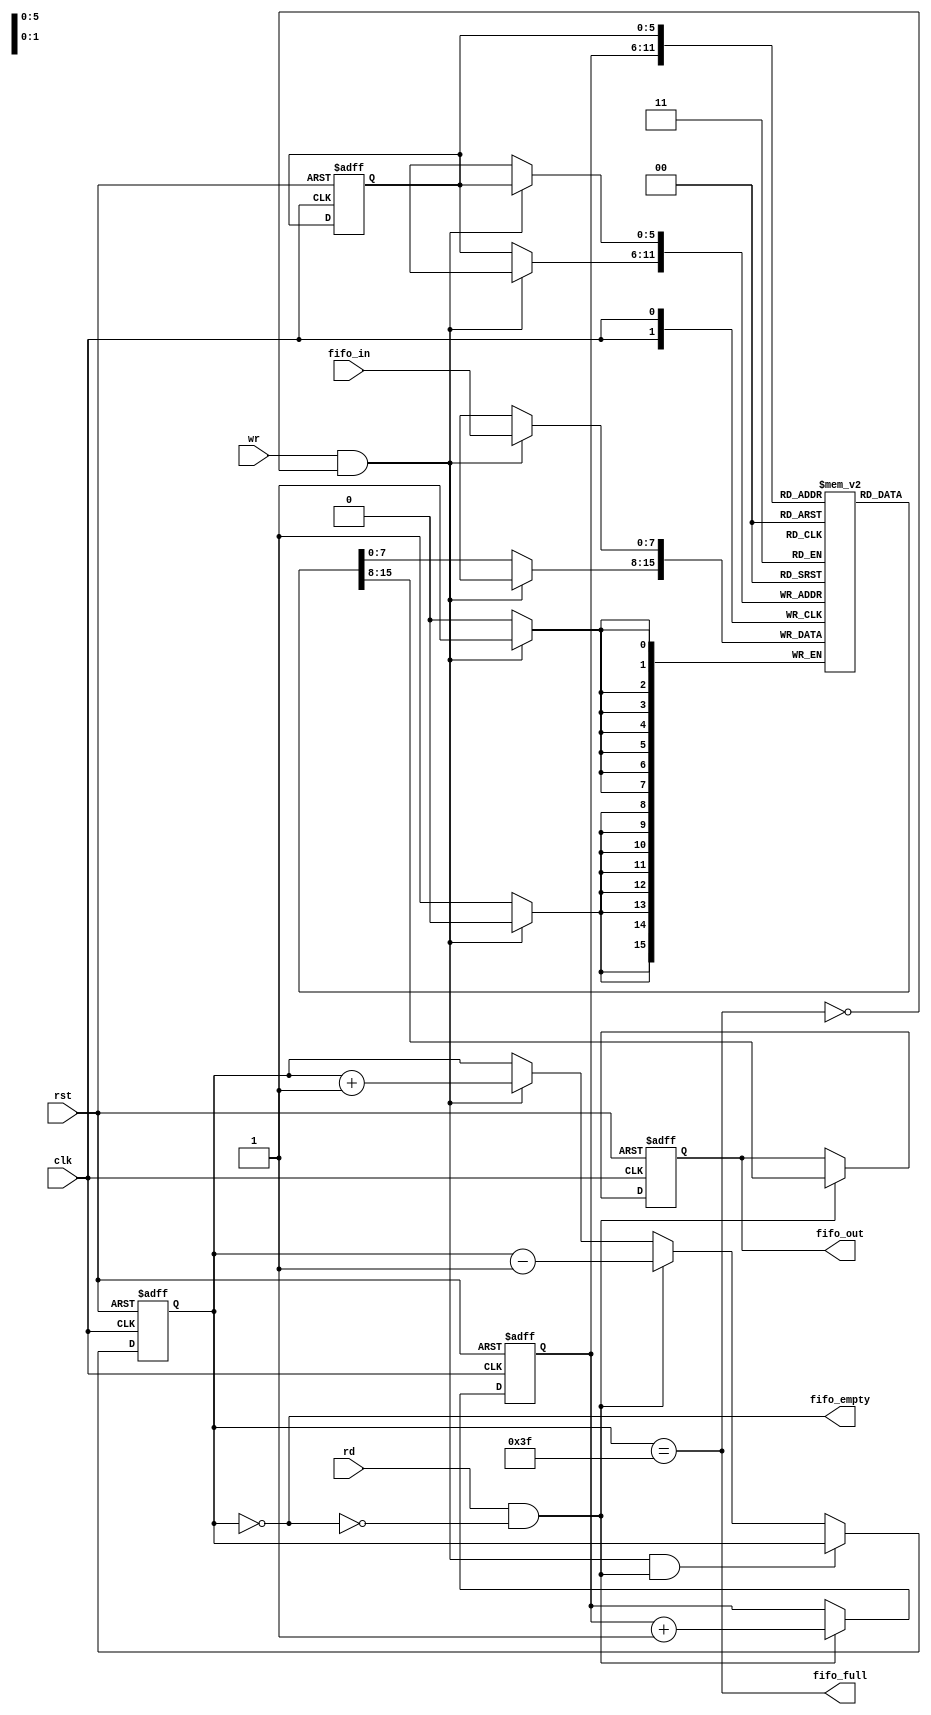



//Implementing 64x8 Byte FiFo

module fifo(

input [7:0]fifo_in,
input clk,rst,wr,rd,
output reg [7:0]fifo_out,
output reg fifo_full,fifo_empty
);

reg [5:0]rd_ptr,wr_ptr;
reg [6:0]fifo_counter;

reg [7:0] fifo[63:0];//Creating a memory

	//Generating signals based on Counter
	
	always@(fifo_counter)
	begin
		
		fifo_full=fifo_counter==6'd63;
		fifo_empty=fifo_counter==6'd0;
	
	end
	
	//Implementing Counter
	
	always@(posedge clk or posedge rst)
	begin
	
		if(rst)
			
			fifo_counter<=6'd0;
		
		else if((wr&&!fifo_full)&&(rd&&!fifo_empty))
			
			fifo_counter<=fifo_counter;
		
		else if(rd&&!fifo_empty)
			
			fifo_counter<=fifo_counter-1;
			
		else if(wr&&!fifo_full)
			
			fifo_counter<=fifo_counter+1;
		
		else 
			
			fifo_counter<=fifo_counter;
			
	end
	
	//Reading from FiFo

	always@(posedge clk or posedge rst)
	begin 
		
		if(rst)
			
			fifo_out<=8'd0;
		
		else 
			
			begin 
		
				if((rd&&!fifo_empty))
					
					fifo_out<=fifo[rd_ptr];
				
				else
					
					fifo_out<=fifo_out;
		   end
		
	end
	
	//Writing into FIFo
		
	always@(posedge clk)
	begin 
		
		if(wr&&!fifo_full)
			
			fifo[wr_ptr]<=fifo_in;
		
		else
			
			fifo[wr_ptr]<=fifo[wr_ptr];
	end
	
	//updating pointers
	
	always@(posedge clk or posedge rst)
	begin
		
		if(rst) 
			begin
			
			wr_ptr<=6'd0;
			rd_ptr<=6'd0;
			
			end
			
		else
			begin
			
			if(rd&&!fifo_empty)
				
				rd_ptr<=rd_ptr+1;
			else 
				
				rd_ptr<=rd_ptr;
			
			if(wr&&!fifo_full)
				
				wr_ptr<=wr_ptr;
			
			else
				
				wr_ptr<=wr_ptr;
		   end	
	end
endmodule